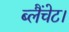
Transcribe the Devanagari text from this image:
ब्लैंचेट।